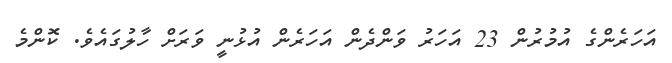
އަހަރެންގެ އުމުރުން 23 އަހަރު ވަންދެން އަހަރެން އުޅުނީ ވަރަށް ހާލުގައެވެ. ކޮންމެ